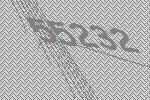
55232